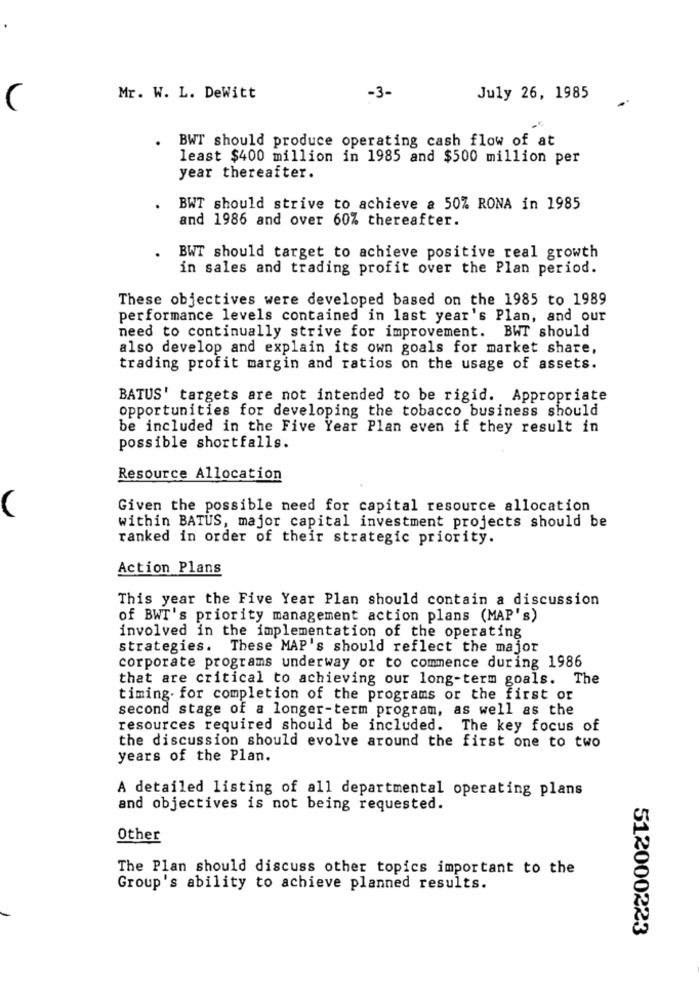
-3-
Mr. W. L. DeWitt
July 26, 1985
(
BWT should produce operating cash flow of at
least $400 million in 1985 and $500 million per
year thereafter.
BWT should strive to achieve & 50% RONA in 1985
and 1986 and over 60% thereafter.
BWT should target to achieve positive real growth
in sales and trading profit over the Plan period.
These objectives were developed based on the 1985 to 1989
performance levels contained in last year's Plan, and our
need to continually strive for improvement. BWT should
also develop and explain its own goals for market share,
trading profit margin and ratios on the usage of assets.
BATUS' targets are not intended to be rigid. Appropriate
opportunities for developing the tobacco business should
be included in the Five Year Plan even if they result in
possible shortfalls.
Resource Allocation
Given the possible need for capital resource allocation
within BATUS, major capital investment projects should be
ranked in order of their strategic priority.
Action Plans
This year the Five Year Plan should contain a discussion
of BWT's priority management action plans (MAP's)
involved in the implementation of the operating
strategies. These MAP's should reflect the major
corporate programs underway or to commence during 1986
that are critical to achieving our long-term goals. The
timing. for completion of the programs or the first or
second stage of a longer-term program, as well as the
resources required should be included.
The key focus of
the discussion should evolve around the first one to two
years of the Plan.
A detailed listing of all departmental operating plans
and objectives is not being requested.
Other
The Plan should discuss other topics important to the
Group's ability to achieve planned results.
512000223